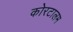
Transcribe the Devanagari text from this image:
कोरटालम